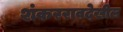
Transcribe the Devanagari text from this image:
शंकररावदेखील